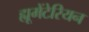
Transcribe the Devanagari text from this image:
ह्यूमेंटेरियन